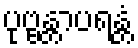
ပုဗ္ဗန္တာပရန္တံ